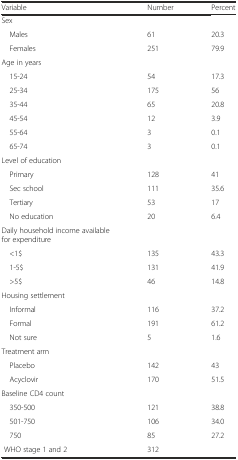
| Variable | Number | Percent |
 | --- | --- | --- |
 | Sex |  |  |
 | Males | 61 | 20.3 |
 | Females | 251 | 79.9 |
 | Age in years |  |  |
 | 15-24 | 54 | 17.3 |
 | 25-34 | 175 | 56 |
 | 35-44 | 65 | 20.8 |
 | 45-54 | 12 | 3.9 |
 | 55-64 | 3 | 0.1 |
 | 65-74 | 3 | 0.1 |
 | Level of education |  |  |
 | Primary | 128 | 41 |
 | Sec school | 111 | 35.6 |
 | Tertiary | 53 | 17 |
 | No education | 20 | 6.4 |
 | Daily household income available for expenditure |  |  |
 | <1$ | 135 | 43.3 |
 | 1-5$ | 131 | 41.9 |
 | >5$ | 46 | 14.8 |
 | Housing settlement |  |  |
 | Informal | 116 | 37.2 |
 | Formal | 191 | 61.2 |
 | Not sure | 5 | 1.6 |
 | Treatment arm |  |  |
 | Placebo | 142 | 43 |
 | Acyclovir | 170 | 51.5 |
 | Baseline CD4 count |  |  |
 | 350-500 | 121 | 38.8 |
 | 501-750 | 106 | 34.0 |
 | 750 | 85 | 27.2 |
 | WHO stage 1 and 2 | 312 |  |